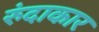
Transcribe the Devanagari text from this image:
रुंदाकार